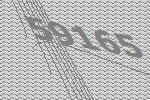
59165